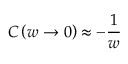
C \left( w \rightarrow 0 \right) \approx - \frac { 1 } { w }